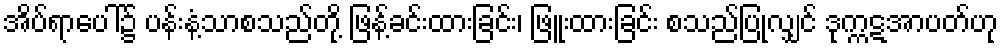
အိပ်ရာပေါ်၌ ပန်းနံ့သာစသည်တို့ ဖြန့်ခင်းထားခြင်း၊ ဖြူးထားခြင်း စသည်ပြုလျှင် ဒုက္ကဋအာပတ်ဟု